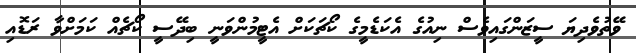
ވޭތުވެދިޔަ ސީޒަންގައިވެސް ނިއުގެ އެކަޑެމީގެ ކޯޗަކަށް އެޓީމުންވަނީ ބިދޭސީ ކޯޗެއް ކަމަށްވާ ރަޑޮއި